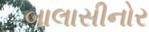
બાલાસીનોર